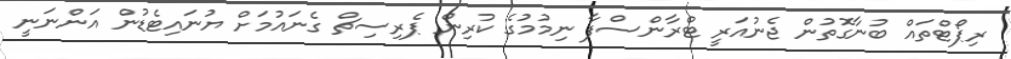
ރިޕޯޓްތައް ބުނާގޮތުން ޖެނުއަރީ ޓްރާންސްފާ ނިމުމުގެ ކުރިން ޕެރިސިޗް ގެނައުމަށް ޔުނައިޓެޑުން އަންނަނީ